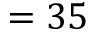
= 3 5